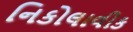
નિકોલાવીક